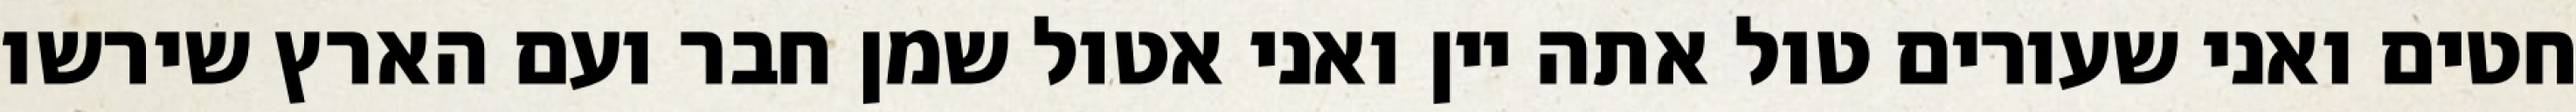
חטים ואני שעורים טול אתה יין ואני אטול שמן חבר ועם הארץ שירשו